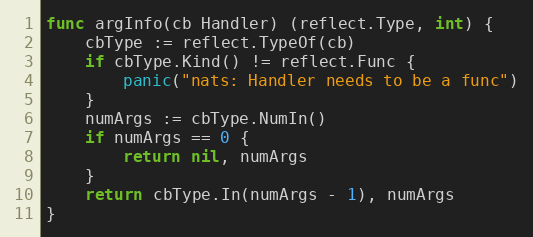
Language: Go
func argInfo(cb Handler) (reflect.Type, int) {
	cbType := reflect.TypeOf(cb)
	if cbType.Kind() != reflect.Func {
		panic("nats: Handler needs to be a func")
	}
	numArgs := cbType.NumIn()
	if numArgs == 0 {
		return nil, numArgs
	}
	return cbType.In(numArgs - 1), numArgs
}